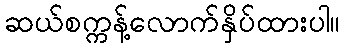
ဆယ်စက္ကန့်လောက်နှိပ်ထားပါ။